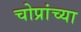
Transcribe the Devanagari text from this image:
चोप्रांच्या